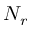
N _ { r }